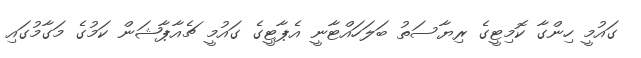
ގައުމީ ހިންގާ ކޮމިޓީގެ ރިޔާސަތު ބަލަހައްޓާނީ އެޕާޓީގެ ގައުމީ ޗެއާޕާޝަން ކަމުގެ މަގާމުގައި